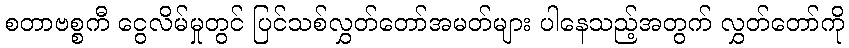
စတာဗစ္စကီ ငွေလိမ်မှုတွင် ပြင်သစ်လွှတ်တော်အမတ်များ ပါနေသည့်အတွက် လွှတ်တော်ကို